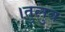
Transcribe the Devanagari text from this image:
।तुलुव